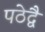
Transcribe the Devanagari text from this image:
पठेद्वै